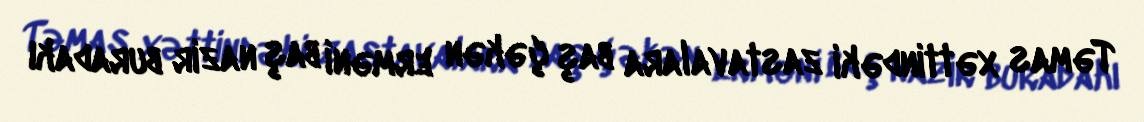
Təmas xəttindəki zastavalara baş çəkən erməni baş nazir buradakı